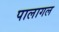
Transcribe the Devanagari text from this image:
पालागल